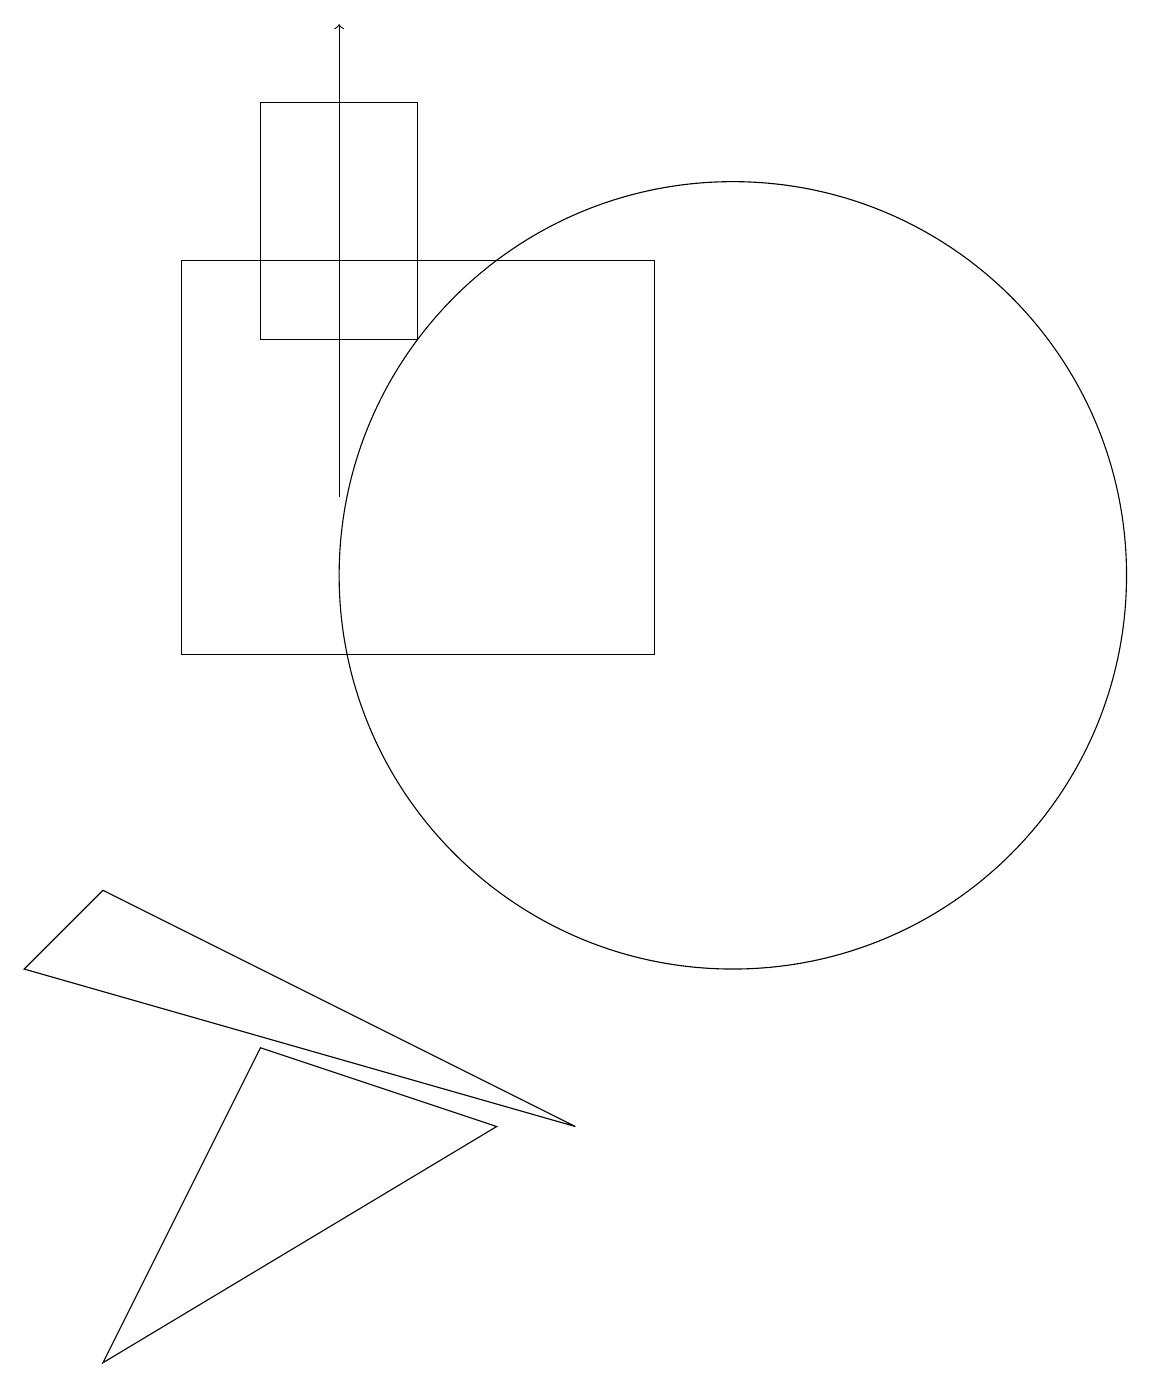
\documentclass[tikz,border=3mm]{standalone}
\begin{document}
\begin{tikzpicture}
\draw (10,12) circle (5);
\draw (4,18) rectangle (6,15);
\draw[->] (5,13) -- (5,19);
\draw (7,5) -- (2,2) -- (4,6) -- cycle;
\draw (3,16) rectangle (9,11);
\draw (2,8) -- (8,5) -- (1,7) -- cycle;
\draw (10,10) circle (0);
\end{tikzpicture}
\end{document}